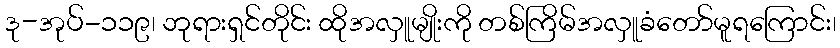
ဒု-အုပ်-၁၁၉၊ ဘုရားရှင်တိုင်း ထိုအလှူမျိုးကို တစ်ကြိမ်အလှူခံတော်မူရကြောင်း၊